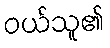
ဝယ်သူ၏